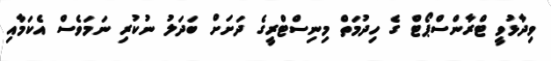
ވިދާޅުވީ ޓްރާންސްޕޯޓް ގެ ހިދުމަތް މިނިސްޓްރީގެ ދަށަށް ބަދަލު ނުކުރި ނަމަވެސް އެކަމާއި